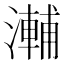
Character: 𭲽